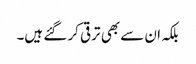
بلکہ ان سے بھی ترقی کر گئے ہیں۔